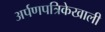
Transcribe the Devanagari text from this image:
अर्पणपत्रिकेखाली